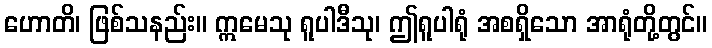
ဟောတိ၊ ဖြစ်သနည်း။ ဣမေသု ရူပါဒီသု၊ ဤရူပါရုံ အစရှိသော အာရုံတို့တွင်။